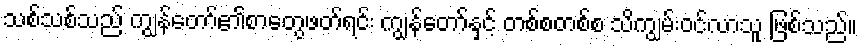
သစ်သစ်သည် ကျွန်တော်၏စာတွေဖတ်ရင်း ကျွန်တော်နှင့် တစ်စတစ်စ သိကျွမ်းဝင်လာသူ ဖြစ်သည်။